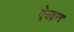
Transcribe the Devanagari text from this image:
एेलन